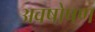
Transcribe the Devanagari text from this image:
अवषोषण